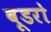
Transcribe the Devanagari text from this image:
वूडरो